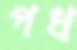
পধ